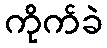
ကိုက်ခဲ